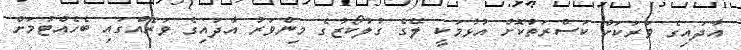
އާދައިގެ ވަރަކަށް ކަސްރަތުކޮށް އުޅުމަކީ ލޭގެ ގުލުކޯޒުގެ މިންވަރު އާދައިގެ ވަރެއްގައި ބެހެއްޓުމަށް